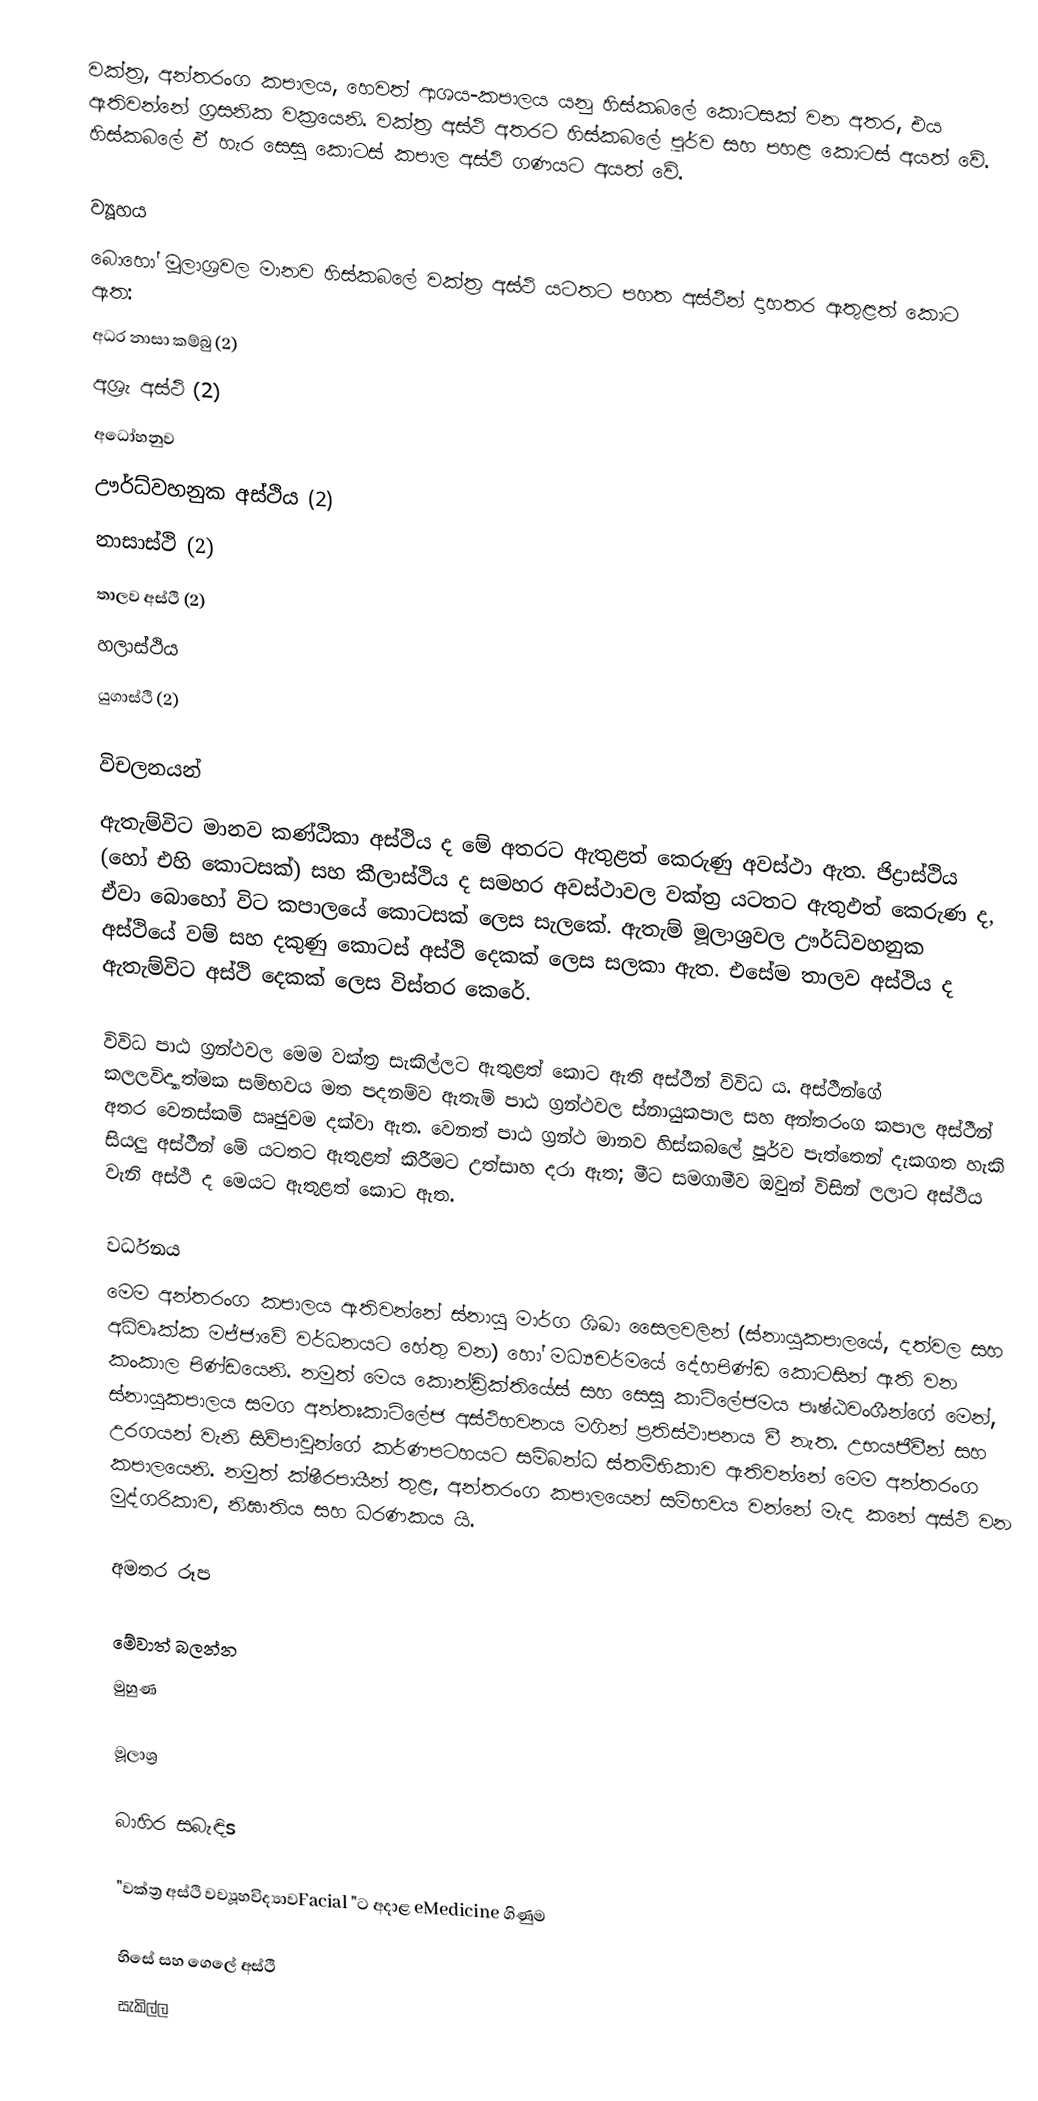
වක්ත්‍ර,  අන්තරංග කපාලය, හෙවත් ආශය-කපාලය යනු හිස්කබලේ කොටසක් වන අතර, එය ඇතිවන්නේ ග්‍රසනික වක්‍රයෙනි. වක්ත්‍ර අස්ථි අතරට හිස්කබලේ පූර්ව සහ පහළ කොටස් අයත් වේ. හිස්කබලේ ඒ හැර සෙසු කොටස් කපාල අස්ථි ගණයට අයත් වේ.

ව්‍යූහය
බොහෝ මූලාශ්‍රවල මානව හිස්කබලේ වක්ත්‍ර අස්ථි යටතට පහත අස්ථීන් දාහතර ඇතුළත් කොට ඇත:
 අධර නාසා කම්බු (2)
 අශ්‍රැ අස්ථි (2)
 අධෝහනුව
 ඌර්ධ්වහනුක අස්ථිය (2)
 නාසාස්ථි (2)
 තාලව අස්ථි (2)
 හලාස්ථිය
 යුගාස්ථි (2)

විචලනයන්
ඇතැම්විට මානව කණ්ඨිකා අස්ථිය ද මේ අතරට ඇතුළත් කෙරුණු අවස්ථා ඇත. ජිද්‍රාස්ථිය (හෝ එහි කොටසක්) සහ කීලාස්ථිය ද සමහර අවස්ථාවල වක්ත්‍ර යටතට ඇතුඵත් කෙරුණ ද, ඒවා බොහෝ විට කපාලයේ කොටසක් ලෙස සැලකේ. ඇතැම් මූලාශ්‍රවල ඌර්ධ්වහනුක අස්ථියේ වම් සහ දකුණු කොටස් අස්ථි දෙකක් ලෙස සලකා ඇත. එසේම තාලව අස්ථිය ද ඇතැම්විට අස්ථි දෙකක් ලෙස විස්තර කෙරේ.

විවිධ පාඨ ග්‍රන්ථවල මෙම වක්ත්‍ර සැකිල්ලට ඇතුළත් කොට ඇති අස්ථීන් විවිධ ය. අස්ථීන්ගේ කලලවිද්‍යාත්මක සම්භවය මත පදනම්ව ඇතැම් පාඨ ග්‍රන්ථවල ස්නායුකපාල සහ අන්තරංග කපාල අස්ථීන් අතර වෙනස්කම් ඍජුවම දක්වා ඇත. වෙනත් පාඨ ග්‍රන්ථ මානව හිස්කබලේ පූර්ව පැත්තෙන් දැකගත හැකි සියලු අස්ථීන් මේ යටතට ඇතුළත් කිරීමට උත්සාහ දරා ඇත; මීට සමගාමීව ඔවුන් විසින් ලලාට අස්ථිය වැනි අස්ථි ද මෙයට ඇතුළත් කොට ඇත.

වර්ධනය
මෙම අන්තරංග කපාලය ඇතිවන්නේ ස්නායු මාර්ග ශිඛා සෛලවලින් (ස්නායුකපාලයේ, දත්වල සහ අධිවෘක්ක මජ්ජාවේ වර්ධනයට හේතු වන) හෝ මධ්‍යචර්මයේ දේහපිණ්ඩ කොටසින් ඇති වන කංකාල පිණ්ඩයෙනි. නමුත් මෙය කොන්ඩ්‍රික්තියේස් සහ සෙසු කාටිලේජමය පෘෂ්ඨවංශීන්ගේ මෙන්, ස්නායුකපාලය සමග අන්තඃකාටිලේජ අස්ථිභවනය මගින් ප්‍රතිස්ථාපනය වී නැත. උභයජීවීන් සහ උරගයන් වැනි සිව්පාවුන්ගේ කර්ණපටහයට සම්බන්ධ ස්තම්භිකාව ඇතිවන්නේ මෙම අන්තරංග කපාලයෙනි. නමුත් ක්ෂීරපායීන් තුළ, අන්තරංග කපාලයෙන් සම්භවය වන්නේ මැද කනේ අස්ථි වන මුද්ගරිකාව, නිඝාතිය සහ ධරණකය යි.

අමතර රූප

මේවාත් බලන්න
 මුහුණ

මූලාශ්‍ර

බාහිර සබැඳිs

 "වක්ත්‍ර අස්ථි වව්‍යූහවිද්‍යාවFacial "ට අදාළ eMedicine ගිණුම

හිසේ සහ ගෙලේ අස්ථි
සැකිල්ල